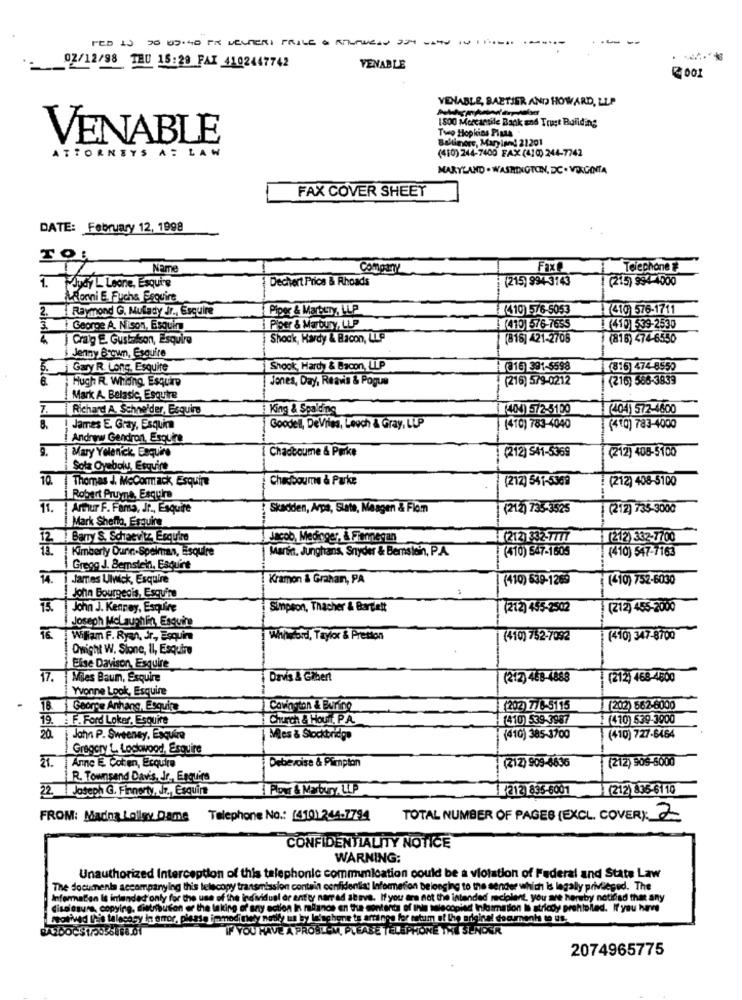
02/12/98 THU 15:29 PAI 4102447742
VENABLE
VENABLE, BAETJER AND HOWARD, LLP
1800 Mercantile Back and Trust Buliding
Hopkins Plata
VENABLE
Bulliners, Maryland 21201
(410) 244-7400 FAX (410) 244-7742
ATTORNEYS
A : LAW
MARYLAND . WASHINGTON, DC . VELGENTA
FAX COVER SHEET
DATE: February 12, 1998
TOL
Nam
Company
Faxe
Telephone &
1. Judy L Leone, Esquire
Dechert Price & Rhoads
(215) 994-3743
(215) 994-4000
WRonni E. Fuchs Esquire
Raymond G. Mulady Jr ., Esquire
Piper & Marbery, LLP
(410 -76-5053
IX(419 576-1711
George A. Nison, Esquina
Piper & Marbury, LLP
(410)576-7655
(410) 39-2530
Craig E. Gustafson, Esquire
Shock, Kardy & Bacon, LLP
(816] 421-2708
(816) 474-6550
Jenny Brown, Esquire
Gary R. Long. Esquite
Shook, Hardy & Bacon, LLP
(016) 391-$598
(816) 474-8550
Hugh R. Whang Esquire
Jones, Day, Reavis & Pogue
: (216) 579-0212
(216) 566-3839
lestrile holes
Mark A. Belasic, Esquire
Richard A. Schneider, Esquire
King & Spalding
(404) 572-5100
(404) 572-4600
! James E. Gray, Esquina
Goodel, DeVrisa, Leoch & Gray, LUP
(410) 783-4040
(410) 783-4000
Andrew Gendron, Esquire
9.
Mary Yolenick, Esquire
Chadboume & Parke
(212) $41-5369
(212) 408-5100
Sola Oyebolu Esquire
10.
Thomas J. MoCormack, Esquire
Chadbourne & Parke
(212) 541-5369
: (212) 408-5100
Robert Pruyne, Esquire
11.
Ammur F. Fama, Jr ., Esquire
Skadden, Arpa, State, Meagen & Flom
(212) 735-3525
(212) 735-3000
Mark Shello, Esquina
Barry S. Schaevitz Esquire
Jacob, Medioger, & Friennegan
H(212) $32-7777
212) 332-7700
Kimberly Dunn-Spelman, Esquire
Marin, Junghans, Snyder & Bemstein, P.A.
(410) 547-1505
(410) 547-7163
Gregg J. Bemstein, Esquire
14
James Ulwick, Esquire
Kramon & Grahan, PA
(410) 639-1265
(410) 752-6030
John Bourgeois, Esquina
John J. Kenney, Esquire
Simpson, Thacher & Bart.ett
(212) 455-2502
(212) 455-2000
Joseph Mclaughlin, Esquina
WiRam F. Ryan, Jr, Esquina
WhitFord, Taylor & Preston
(410) 752-7092
(410) 347-8700
Dwight W. Sione, Il, Esquire
Eise Davison, Esquire
17. | Mies Baum, Esquire
Davis & Gilbert
(212) 463-4888
(212) 468-4800
Yvonne Look, Esquire
18. George Anhang, Esquina
Covington & Buring
(202) 778-5115
(202)562-6000
19. F. Ford Loker, Esquire
Church & Hour. P.A.
(410) 539-3987
1(410) 539-3900
20.
John P. Sweeney, Esquire
Mies & Stockbridge
(410) 385-3700
(410) 727-6464
Gregory L. Lockwood, Esquire
21.
Anne E. Coten, Ecquire
Debevoise & Plimpton
(212) 909-6636
(212) 905-8000
R. Townsand Davis, Jr ., Enquirs
22. Joseph G. Finnerty, Jr ., Esquina
PONT & MEburYALLP
(212)835-6001
(212) 836-6110
FROM: Madna Loligy Dame Telephone No .: (410) 244-7794
TOTAL NUMBER OF PAGES (EXCL. COVER): 2
CONFIDENTIALITY NOTICE
WARNING:
Unauthorized Interception of this telephonic commmication could be a violation of Federal and State Law
The documents accompanying this telecopy transmission contain confidential Information belonging to the sender which is legally privileged. The
Information Is intended only for the use of the individual or entity narrad above. If you are not the intended recipient, you are hereby notidsd that any
dissesuns, copying, distribution or the taking of any action In malanos en the contents of this salecopied Ihlasmation I stricdy prohibited. If you have
Seolived Ih's talecosy in error, please immediately nesly us by le'schene ts artigos for tetum of the original documents to us.
IF YOU HAVE A PROST-M, PLEASE
KA SENDER
2074965775